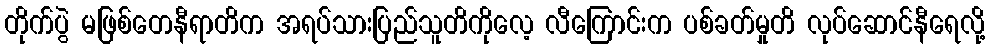
တိုက်ပွဲ မဖြစ်တေနီရာတိက အရပ်သားပြည်သူတိကိုလေ့ လီကြောင်းက ပစ်ခတ်မှုတိ လုပ်ဆောင်နီရေလို့